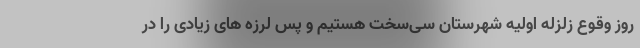
روز وقوع زلزله اولیه شهرستان سی‌سخت هستیم و پس لرزه های زیادی را در